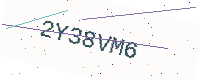
Text: 2Y38VM6